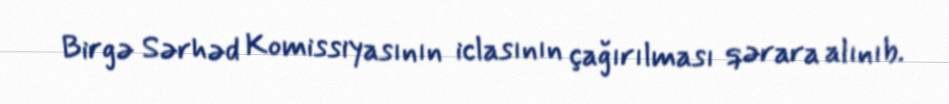
Birgə Sərhəd Komissiyasının iclasının çağırılması qərara alınıb.